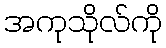
အကုသိုလ်ကို